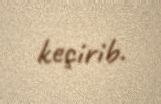
keçirib.